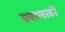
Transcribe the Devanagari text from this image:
प्रवासाठी